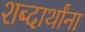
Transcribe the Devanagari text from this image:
शब्दार्थांना